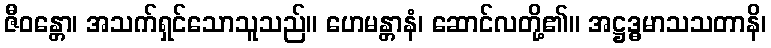
ဇီဝန္တော၊ အသက်ရှင်သောသူသည်။ ဟေမန္တာနံ၊ ဆောင်လတို့၏။ အဋ္ဌဒ္ဓမာသသတာနိ၊